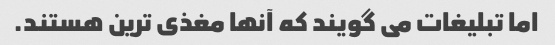
اما تبلیغات می گویند که آنها مغذی ترین هستند.